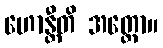
ဟောန္တီတိ အတ္ထော။